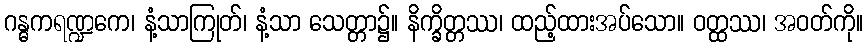
ဂန္ဓကရဏ္ဍကေ၊ နံ့သာကြုတ်၊ နံ့သာ သေတ္တာ၌။ နိက္ခိတ္တဿ၊ ထည့်ထားအပ်သော။ ဝတ္ထဿ၊ အဝတ်ကို။